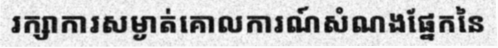
រក្សាការសម្ងាត់គោលការណ៍សំណងផ្នែកនៃ